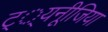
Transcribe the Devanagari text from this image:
ट््यनूीजिया